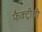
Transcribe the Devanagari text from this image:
फैक्ट्रीची